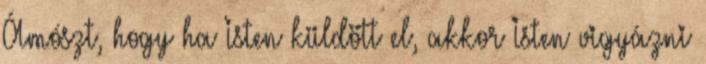
Ámószt, hogy ha Isten küldött el, akkor Isten vigyázni